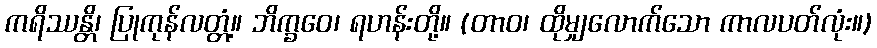
ကရိဿန္တိ၊ ပြုကုန်လတ္တံ့။ ဘိက္ခဝေ၊ ရဟန်းတို့။ (တာဝ၊ ထိုမျှလောက်သော ကာလပတ်လုံး။)